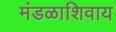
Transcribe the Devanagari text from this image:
मंडळाशिवाय